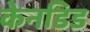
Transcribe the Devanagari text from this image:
केनडिड